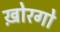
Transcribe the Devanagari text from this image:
ख़ोरगो